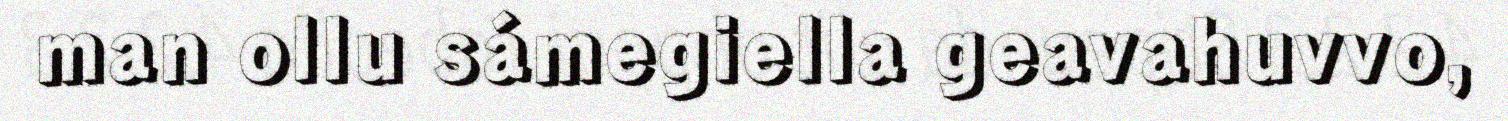
man ollu sámegiella geavahuvvo,